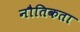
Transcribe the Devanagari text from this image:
नौतिकता